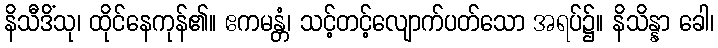
နိသီဒိံသု၊ ထိုင်နေကုန်၏။ ဧကမန္တံ၊ သင့်တင့်လျောက်ပတ်သော အရပ်၌။ နိသိန္နာ ခေါ၊